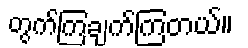
တွက်ကြချက်ကြတယ်။